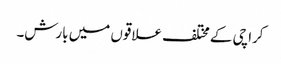
کراچی کے مختلف علاقوں میں بارش۔